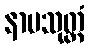
နာမသုတ္တံ